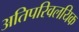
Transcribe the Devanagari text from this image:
अतिपरिवलयिक